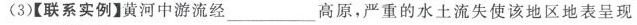
3)【联系实例】黄河中游流经\underline高原，严重的水土流失使该地区地表呈现